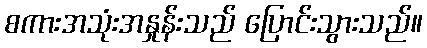
စကားအသုံးအနှုန်းသည် ပြောင်းသွားသည်။